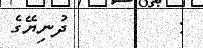
:         ދުނިޔޭގެ